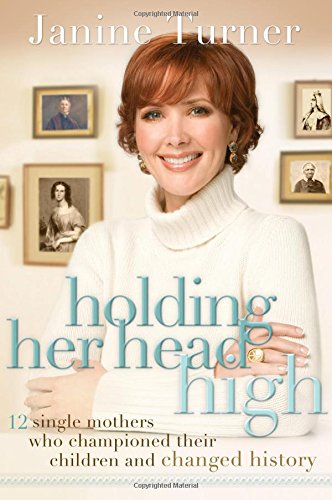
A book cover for Holding Her Head High: 12 Single Mothers Who Championed Their Children and Changed History; Janine Turner; Parenting & Relationships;